Cholera in India, 1862 to 1881
Year: 1862
Disease focus: Cholera
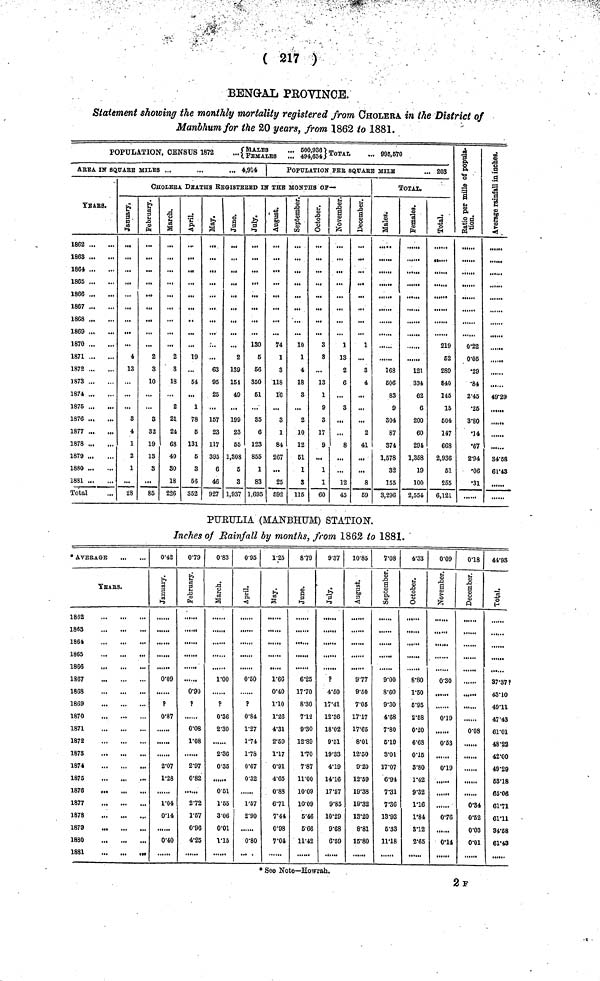
( 217 )
BENGAL PROVINCE.
Statement showing the monthly mortality registered from CHOLERA in the District of
Manbhum for the 20 years, from 1862 to 1881.
POPULATION, CENSUS 1872 {MALES ... 500,936. FEMALES ... 494,634} TOTAL ... 995,570
AREA IN SQUARE MILES ...
...
... 4,914
YEARS.
1862
1863
1864
1865
1866
1867
1868
1869
1870
1871
1872
1873
1874
1875
1876
1877 ...
1878
1879 ...
1880
1881
Total
POPULATION PER SQUARE MILS
... 203
CHOLEBA DEATHS REGISTERED IN THE MONTHS OF—
January.
4
13
...
3
4
1
2
1
28
February.
2
3
10
3
32
19
13
8
85
March.
2
3
18
2
21
24
68
40
80
18
226
April
19
64
1
78
5
131
5
3
66
352
May.
...
63
95
25
157
23
117
395
6
46
927
June.
2
139
154
49
199
23
55
1,308
5
3
1,937
July
130
5
56
350
51
35
6
123
855
1
83
1,695
August.
74
1
3
118
16
3
1
84
267
...
25
692
September.
10
1
4
18
3
...
2
10
12
61
1
3
115
October.
3
3
...
13
1
9
3
17
9
...
1
1
60
November.
1
13
2
6
...
3
...
...
8
...
...
12
45
December.
1
3
4
...
...
...
2
41
...
...
8
59
TOTAL..
Males.
163
606
83
9
304
87
374
1,578
32
155
3,296
Females.
......
121
334
62
6
200
60
291
1,358
19
100
2,554
Total.
219
52
289
840
145
15
604
147
66S
2,936
51
255
6,121
Ratio per mille of population.
0.22
0.05
•29
•84
2.45
•25
3.80
•14
•67
2.94
•06
•31
Average rainfall in inches.
.......
......
.....
49.29
........
.....
. . . . . .
34.58
61.43
......
PURULIA (MANBHUM) STATION.
Inches of Rainfall by months, from 1862 to 1881.
* AVERAGE
YEARS.
1862
1863
1864
1865
1866
1867
1868
1869
1870
1871
1872
187S
...
1874
1875
1876
,
1877
1878
1879
1880
1881
0.42
January.
0.09
P
0.87
2.07
1.28
1.04
0.14
0.40
0.79
February.
0.90
P
......
0.08
1.08
2.97
0.82
2.72
1.57
0.96
4.25
0.83
March.
1.00
P
0.36
2.30
2.36
0.35
0.51
1.55
3.06
0.01
1.15
0.95
April.
0.50
?
0.84
1.27
1.74
1.78
0.67
0.32
1.67
2.90
0.80
1.25
May.
1.66
0.40
no
1.26
4.31
2.59
1.17
0.91
4.65
0.88
671
7.44
0.98
7.04
8.79
June.
6.25
17.70
8.30
7.12
9.30
12.89
1.70
7.87
11.00
10.09
10.09
5.46
5.66
11.42
9.37
July.
p
4.50
17.41
12.36
18.02
9.51
19.33
4.19
14.16
17.67
9.85
10.29
9.68
6.59
10.85
August.
9.77
9.50
7.05
17.17
17.65
8.01
12.50
9.20
12.59
19.38
1932
13.20
8.81
15.80
7.08
September.
9.00
8.60
9.30
4.68
7.80
6.19
8.01
17.07
6.91
7.31
7.36
13.93
6.33
11.18
4.33
October.
8.80
1.60
6.95
2.58
0.20
6.68
0.15
3.80
1.42
9.32
1.16
1.84
3.12
2.65
0.09
November.
0.30
0.19
,
0.53
0.19
0.76
0.14
018
December.
0.08
.....
0.34
0.62
0.03
0.01
44.93
Total.
37.37P
43.10
49.11
47.43
61.01
48.22
42.00
49.29
68.18
65.06
61.71
61.11
34.58
61.43
• See Note—Howrah.
2 F